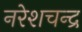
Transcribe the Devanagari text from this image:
नरेशचन्द्र